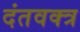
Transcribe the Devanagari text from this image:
दंतवक्त्र